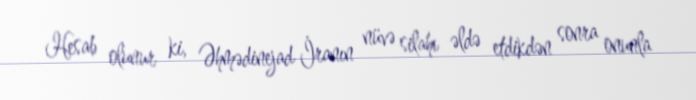
Hesab olunur ki, Əhmədinejad İranın nüvə silahı əldə etdikdən sonra onunla